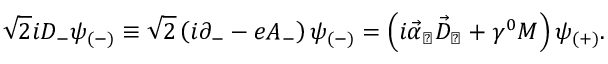
\sqrt { 2 } i D _ { - } \psi _ { ( - ) } \equiv \sqrt { 2 } \left( i \partial _ { - } - e A _ { - } \right) \psi _ { ( - ) } = \left( i { \vec { \alpha } } _ { \perp } { \vec { D } } _ { \perp } + \gamma ^ { 0 } M \right) \psi _ { ( + ) } .